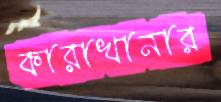
কারাখানার